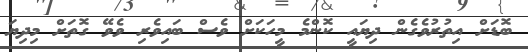
ބޮޑަށް އިތުރުވެގެން ދިޔައީ ކޮންމެ މީހަކަށް ވެސް ބައިވެރި ވެވޭ ގޮތަށް މިދިޔަ